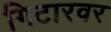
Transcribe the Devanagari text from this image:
गिटारवर